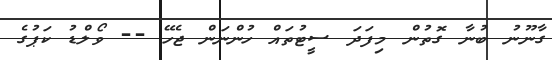
ގާނޫނު ބުނާ ގޮތުން މިފަދަ ސީޓުތައް ހުންނަން ޖެހޭ -- ވޯލްޑު ކަޕުގެ